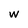
Character: W